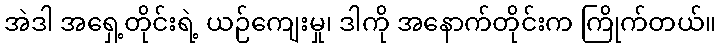
အဲဒါ အရှေ့တိုင်းရဲ့ ယဉ်ကျေးမှု၊ ဒါကို အနောက်တိုင်းက ကြိုက်တယ်။